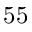
5 5